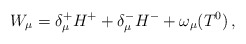
\begin{align*}W_\mu = \delta_{\mu}^+ H^+ + \delta_{\mu}^- H^- +\omega_\mu (T^0 )\,,\end{align*}